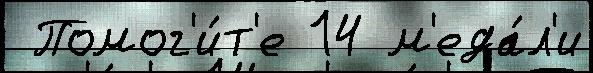
 Помог'и́т'е 14 м'еда́л'и